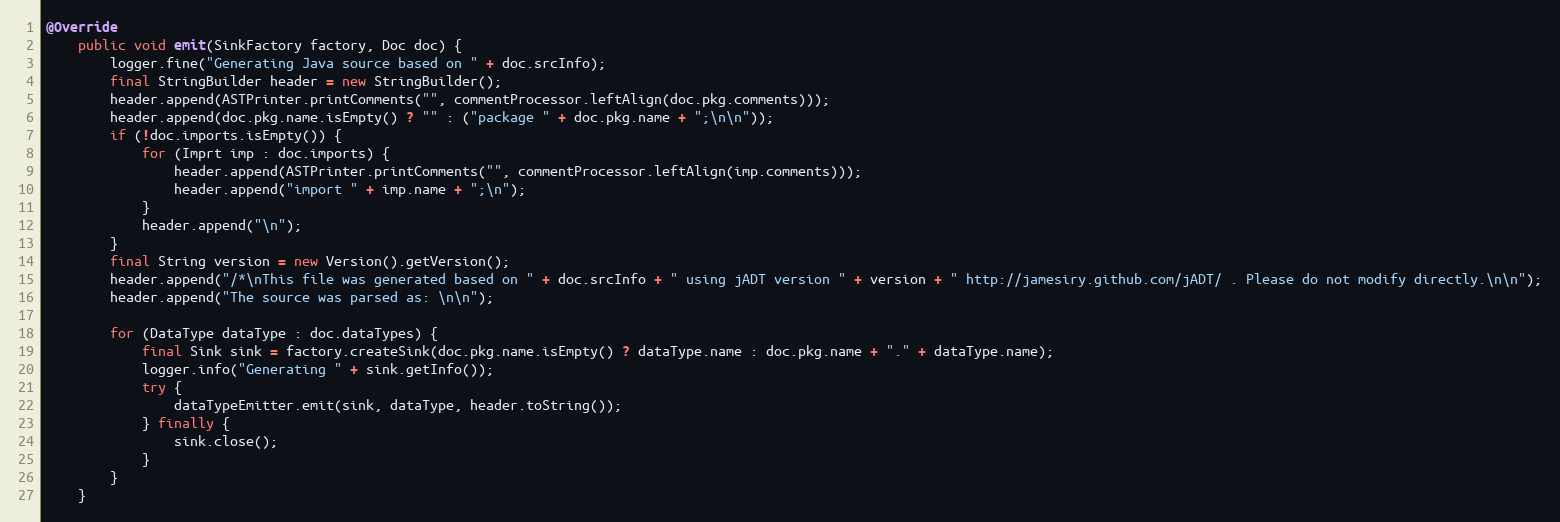
Language: Java
@Override
    public void emit(SinkFactory factory, Doc doc) {
    	logger.fine("Generating Java source based on " + doc.srcInfo);
        final StringBuilder header = new StringBuilder();
        header.append(ASTPrinter.printComments("", commentProcessor.leftAlign(doc.pkg.comments)));
        header.append(doc.pkg.name.isEmpty() ? "" : ("package " + doc.pkg.name + ";\n\n"));
        if (!doc.imports.isEmpty()) {
            for (Imprt imp : doc.imports) {
                header.append(ASTPrinter.printComments("", commentProcessor.leftAlign(imp.comments)));
                header.append("import " + imp.name + ";\n");
            }
            header.append("\n");
        }
        final String version = new Version().getVersion();
        header.append("/*\nThis file was generated based on " + doc.srcInfo + " using jADT version " + version + " http://jamesiry.github.com/jADT/ . Please do not modify directly.\n\n");
        header.append("The source was parsed as: \n\n");

        for (DataType dataType : doc.dataTypes) {
            final Sink sink = factory.createSink(doc.pkg.name.isEmpty() ? dataType.name : doc.pkg.name + "." + dataType.name);
            logger.info("Generating " + sink.getInfo());
            try {
                dataTypeEmitter.emit(sink, dataType, header.toString());
            } finally {
                sink.close();
            }
        }
    }